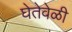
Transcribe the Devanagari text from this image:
घेतेवेळी